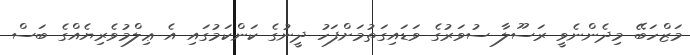
މަޒްހަބޭ މިދެންނެވީ ރަސޫލާ ސުވަރުގެ ވަޑައިގަތުމަށްފަހު ދީނުގެ ކަންކަމުގައި އެ ޢިލްމުވެރިޔެއްގެ ބަސް